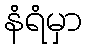
နံရံမှာ